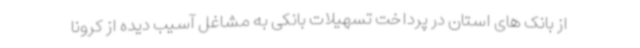
از بانک های استان در پرداخت تسهیلات بانکی به مشاغل آسیب دیده از کرونا